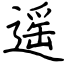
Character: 遥